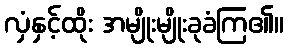
လှံနှင့်ထိုး အမျိုးမျိုးခုခံကြ၏။